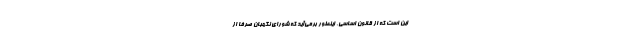
این است که از قانون اساسی، اینطور برمی‌آید که شورای نگهبان صرفاً از